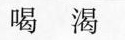
喝渴